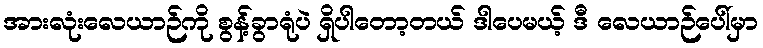
အားလုံးလေယာဉ်ကို စွန့်ခွာရုံပဲ ရှိပါတော့တယ် ဒါပေမယ့် ဒီ လေယာဉ်ပေါ်မှာ